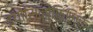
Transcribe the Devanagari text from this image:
इयोसिनोफ़िलिक